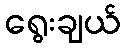
ရွေးချယ်